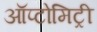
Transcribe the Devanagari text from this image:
ऑप्टोमिट्री